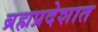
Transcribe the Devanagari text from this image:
ब्रह्मप्रदेशात